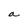
Character: a